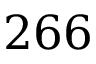
2 6 6